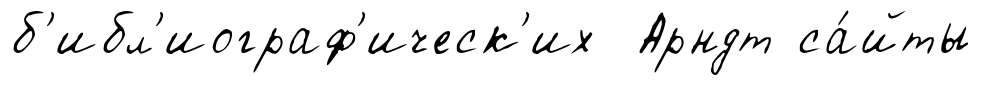
б'ибл'иограф'ическ'их Арндт са́йты